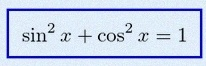
\sin^2x+\cos^2x=1